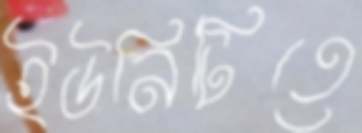
ইউনিটিতে